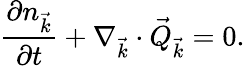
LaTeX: \frac{\partial n_{\vec{k}}}{\partial t}+\mathbf\nabla_{\vec{k}}\cdot\vec{Q}_{\vec{k}}=0.